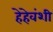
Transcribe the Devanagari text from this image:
हेहेवंशी